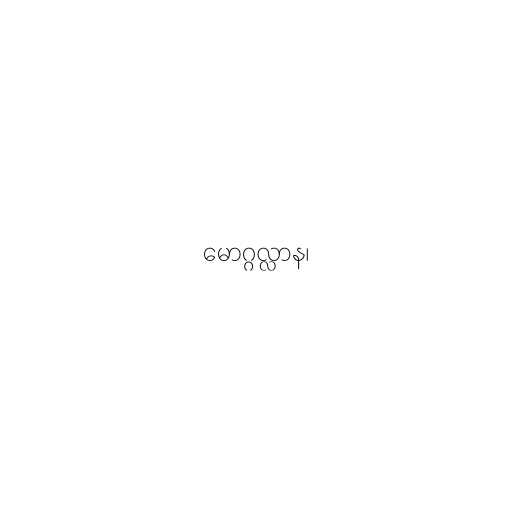
မောဂ္ဂလ္လာန၊